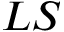
L S